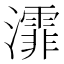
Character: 𤃍